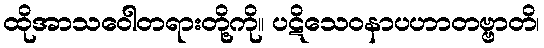
ထိုအာသဝေါတရားတို့ကို။ ပဋိသေဝနာပဟာတဗ္ဗာတိ၊